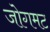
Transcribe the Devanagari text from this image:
जोगमट